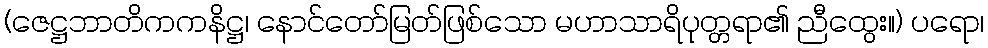
(ဇေဋ္ဌဘာတိကကနိဋ္ဌ၊ နောင်တော်မြတ်ဖြစ်သော မဟာသာရိပုတ္တရာ၏ ညီထွေး။) ပရော၊